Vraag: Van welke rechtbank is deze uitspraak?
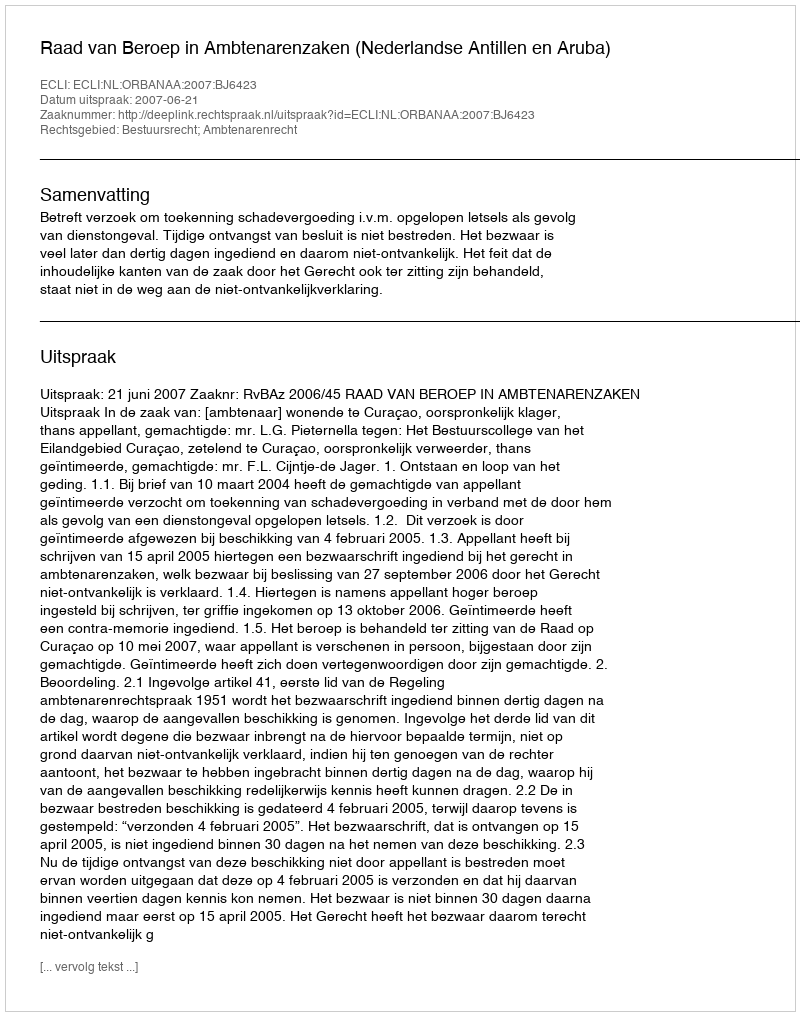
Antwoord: Raad van Beroep in Ambtenarenzaken (Nederlandse Antillen en Aruba)